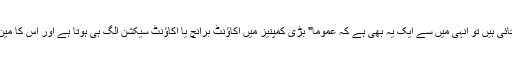
لیکن جیسے مونا جی نے کچھ خامیاں بتائی ہیں تو انہی میں سے ایک یہ بھی ہے کہ عموما" بڑی کمپنیز میں اکاؤنٹ برانچ یا اکاؤنٹ سیکشن الگ ہی ہوتا ہے اور اس کا مین آپریشن برانچ سے تعلق کم ہی ہوتا ہے۔